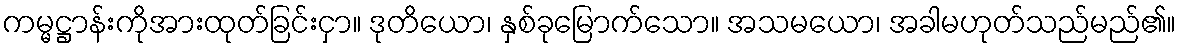
ကမ္မဋ္ဌာန်းကိုအားထုတ်ခြင်းငှာ။ ဒုတိယော၊ နှစ်ခုမြောက်သော။ အသမယော၊ အခါမဟုတ်သည်မည်၏။